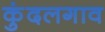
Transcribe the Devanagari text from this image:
कुंदलगाव